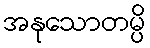
အနုသောတမ္ပိ